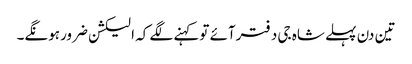
تین دن پہلے شاہ جی دفترآئے توکہنے لگے کہ الیکشن ضرورہونگے۔